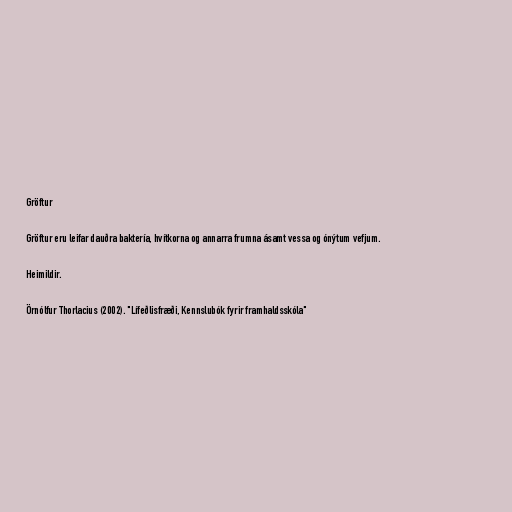
Gröftur

Gröftur eru leifar dauðra baktería, hvítkorna og annarra frumna ásamt vessa og ónýtum vefjum.

Heimildir.

Örnólfur Thorlacius (2002). "Lífeðlisfræði, Kennslubók fyrir framhaldsskóla"